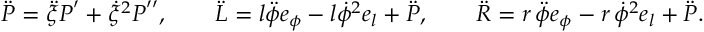
\ddot { \boldsymbol { P } } = \ddot { \xi } \boldsymbol { P } ^ { \prime } + \dot { \xi } ^ { 2 } \boldsymbol { P } ^ { \prime \prime } , \qquad \ddot { \boldsymbol { L } } = l \ddot { \phi } \boldsymbol { e } _ { \phi } - l \dot { \phi } ^ { 2 } \boldsymbol { e } _ { l } + \ddot { \boldsymbol { P } } , \qquad \ddot { \boldsymbol { R } } = r \, \ddot { \phi } \boldsymbol { e } _ { \phi } - r \, \dot { \phi } ^ { 2 } \boldsymbol { e } _ { l } + \ddot { \boldsymbol { P } } .